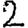
Digit: 2